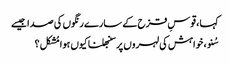
کہا ، قوسِ قزح کے سارے رنگوں کی صدا جیسے
سُنو ، خواہش کی لہروں پر سنبھلنا کیوں ہوا مُشکل ؟